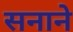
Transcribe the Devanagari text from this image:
सनाने